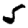
Digit: 5